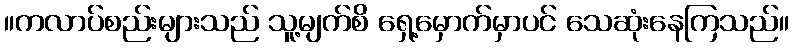
။ကလာပ်စည်းများသည် သူ့မျက်စိ ရှေ့မှောက်မှာပင် သေဆုံးနေကြသည်။